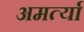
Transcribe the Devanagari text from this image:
अमर्त्या